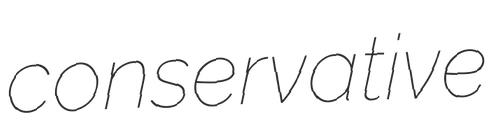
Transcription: conservative